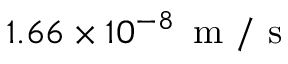
1 . 6 6 \times 1 0 ^ { - 8 } \, \mathrm { ~ m ~ / ~ s ~ }